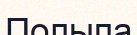
Полыпа